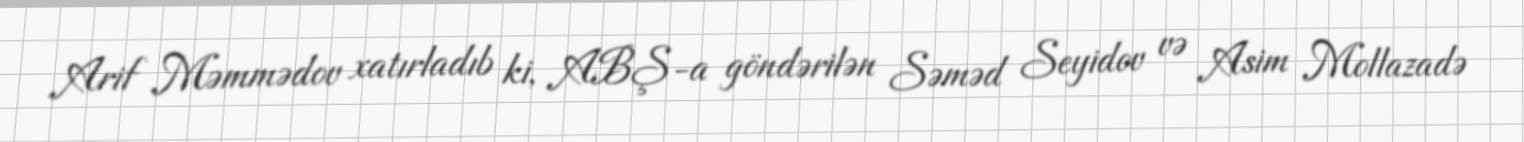
Arif Məmmədov xatırladıb ki, ABŞ-a göndərilən Səməd Seyidov və Asim Mollazadə